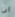
انا